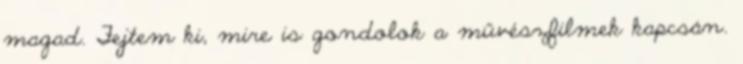
magad. Fejtem ki, mire is gondolok a művészfilmek kapcsán.